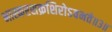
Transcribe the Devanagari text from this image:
भास्करशक्रशिरोऽवनते॥३॥